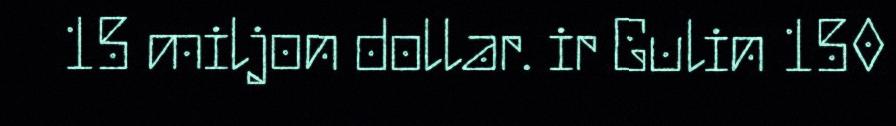
15 miljon dollar. ir Gulin 150